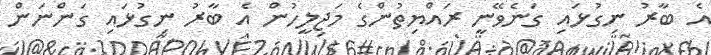
އެ ބާރު ނިގުޅައި ގަނެވޭނީ ރައްޔިތުންގެ މަޖިލީހުން އެ ބާރު ނިގުޅައި ގަންނަން